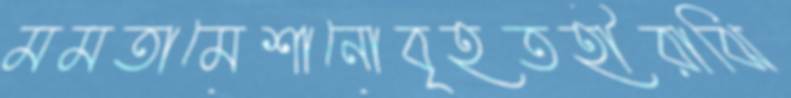
মমতামেশানোবৃহতহীরাঝি